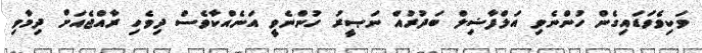
ވަކިވެވަޑައިގެން ހުންނެވި އަލްފާޟިލް ބަދުރުއް ނަޞީރު ހުންނެވީ އަނެއްކާވެސް ދިވެހި ރާއްޖެއަށް ދިމާވި